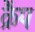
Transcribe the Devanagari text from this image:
क्रैंप